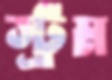
স্ট্রম